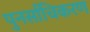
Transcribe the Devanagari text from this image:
पुनर्साचिकरण